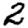
Digit: 2